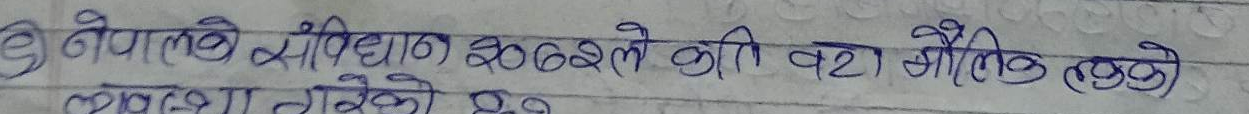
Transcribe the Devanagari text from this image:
नेपालको संविधान २०७२ ले कति वटा मौलिक हकको व्यवस्था गरेको छ?